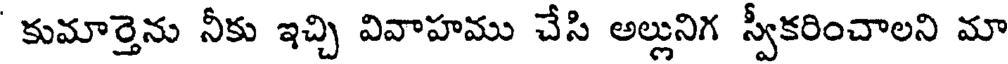
కుమార్తెను నీకు ఇచ్చి వివాహము చేసి అల్లునిగ స్వీకరించాలని మా